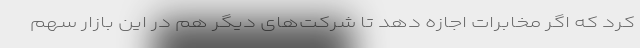
کرد که اگر مخابرات اجازه دهد تا شرکت‌های دیگر هم در این بازار سهم